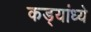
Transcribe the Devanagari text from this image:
कड्यांध्ये